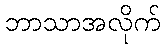
ဘာသာအလိုက်